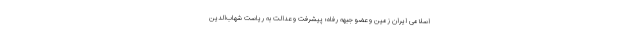
اسلامی ایران زمین و عضو جبهه رفاه؛ پیشرفت و عدالت به ریاست شهاب‌الدین